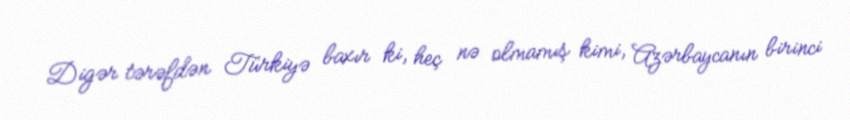
Digər tərəfdən Türkiyə baxır ki, heç nə olmamış kimi, Azərbaycanın birinci